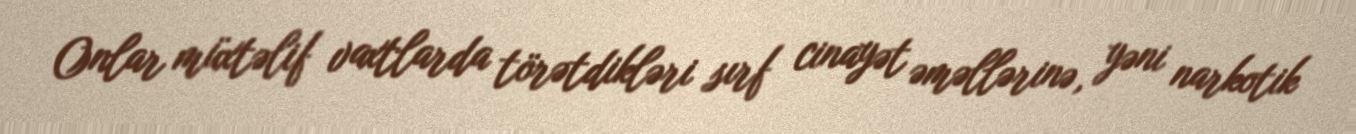
Onlar müxtəlif vaxtlarda törətdikləri sırf cinayət əməllərinə, yəni narkotik